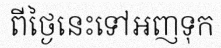
ពីថ្ងៃនេះទៅអញទុក